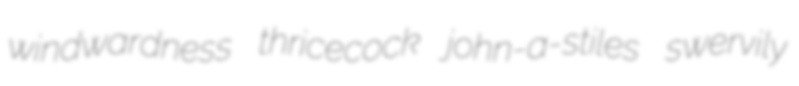
windwardness thricecock john-a-stiles swervily